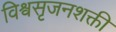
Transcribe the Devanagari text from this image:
विश्वसृजनशक्ती